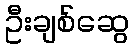
ဦးချစ်ဆွေ